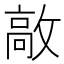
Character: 㪣